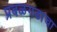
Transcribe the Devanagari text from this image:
प्रबळगडाचा